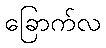
ခြောက်လ